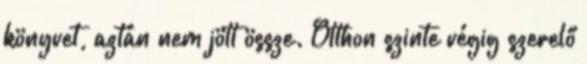
könyvet, aztán nem jött össze. Otthon szinte végig szerelő